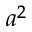
a ^ { 2 }